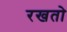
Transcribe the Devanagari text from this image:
रखतो